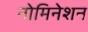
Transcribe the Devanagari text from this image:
नोमिनेशन